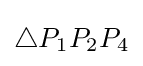
\triangle P_{1}P_{2}P_{4}